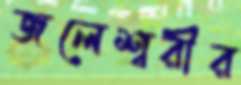
জলেশ্বরীর